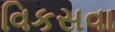
વિકસવા